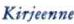
Kirjeenne